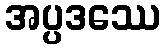
အပ္ပဒဿေ